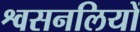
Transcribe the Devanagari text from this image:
श्वसनलियों